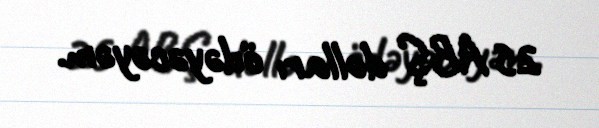
25 ABŞ dolları ödəyəcəyəm.